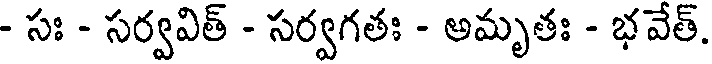
- సః - సర్వవిత్ - సర్వగతః - అమృతః - భవేత్.